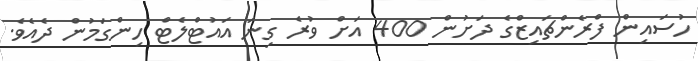
ހުސައިން ފްރެންޗައިޒްގެ ދަށުން 400 އަށް ވުރެ ގިނަ އައުޓްލެޓް ހިންގަމުން ދެއެވެ.